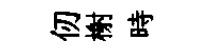
仞榭時